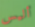
أليس